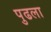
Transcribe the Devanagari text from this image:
पुढला